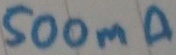
Text: 500mA